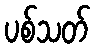
ပစ်သတ်